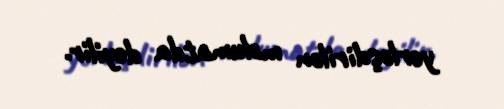
yerləşdirilən məlumatda deyilir.